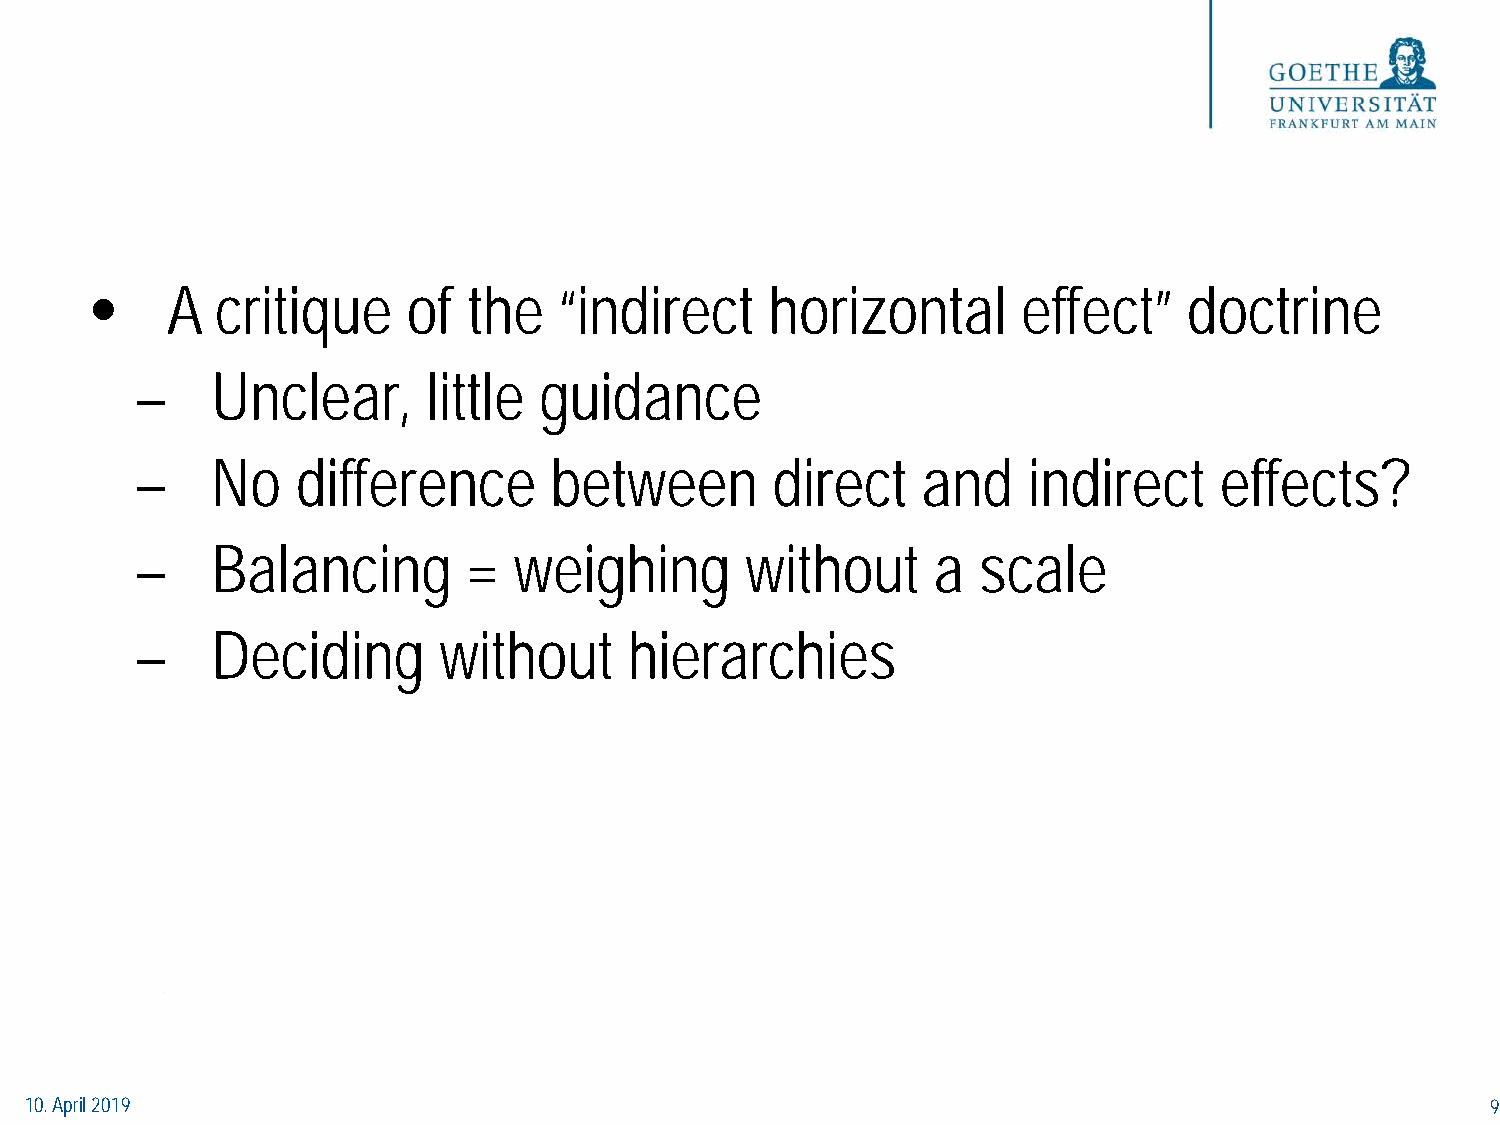
•    A  critique     of  the   “indirect     horizontal       effect”    doctrine
 –    Unclear,      little  guidance
 –    No    difference      between        direct    and    indirect     effects?
 –    Balancing        =  weighing       without      a  scale
 –    Deciding       without      hierarchies
 10. April 2019                                                                                   9